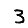
Digit: 3